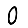
Digit: 0